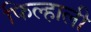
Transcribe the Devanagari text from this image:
फिल्हाली